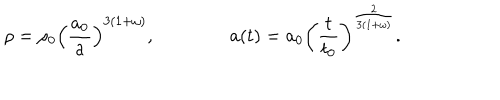
\rho = \rho _ { 0 } \left( { \frac { a _ { 0 } } { a } } \right) ^ { 3 ( 1 + \omega ) } , \qquad \qquad a ( t ) = a _ { 0 } \left( { \frac { t } { t _ { 0 } } } \right) ^ { { \frac { 2 } { 3 ( 1 + \omega ) } } } .